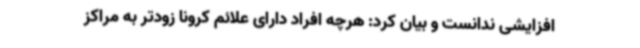
افزایشی ندانست و بیان کرد: هرچه افراد دارای علائم کرونا زودتر به مراکز